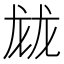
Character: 𱍂